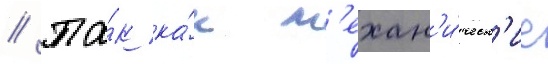
// Та́к ка́к м'ехан'и́ческ'ие